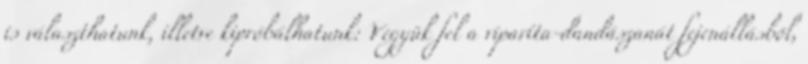
is választhatunk, illetve kipróbálhatunk: Vegyük fel a viparíta-dandászanát fejenállásból,